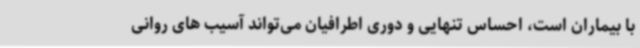
با بیماران است، احساس تنهایی و دوری اطرافیان می‌تواند آسیب های روانی